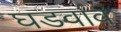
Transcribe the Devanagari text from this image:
घडवावं